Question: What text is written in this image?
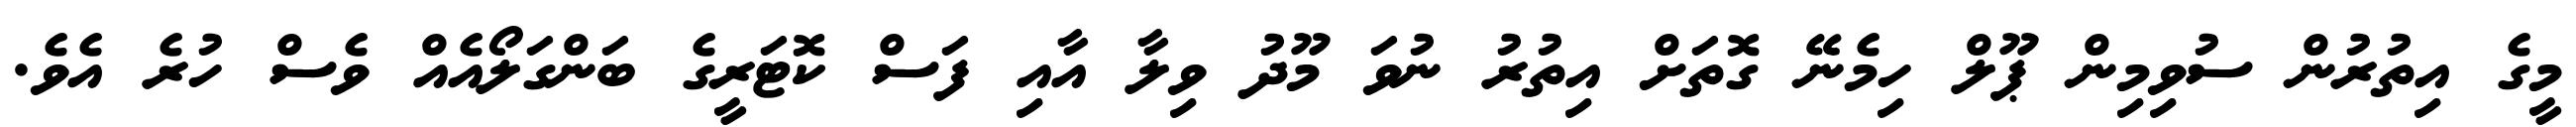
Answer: މީގެ އިތުރުން ސުވިމިން ޕޫލް ހިމެނޭ ގޮތަށް އިތުރު ނުވަ މޫދު ވިލާ އާއި ފަސް ކޮޓަރީގެ ބަންގަލޯއެއް ވެސް ހުރެ އެވެ.